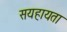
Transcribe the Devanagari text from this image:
सयहायता